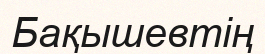
Бақышевтің